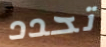
تحدد